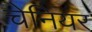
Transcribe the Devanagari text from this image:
चेनियर